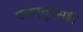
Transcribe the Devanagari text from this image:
एलएयूएसडी